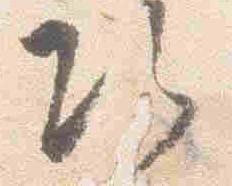
次